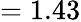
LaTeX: =1.43